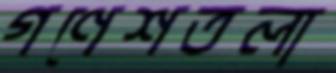
গণেশতলা